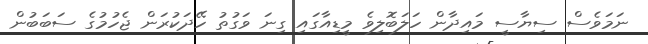
ނަމަވެސް ސިޔާސީ މައިދާން ހަލަބޮލިވެ މީޑިއާގައި ގިނަ ވަގުތު ހޭދަކުރަން ޖެހުމުގެ ސަބަބުން